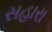
સહારા